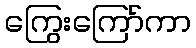
ကြွေးကြော်ကာ